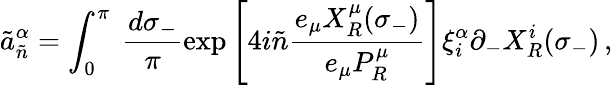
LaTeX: \tilde{a}_{\tilde{n}}^{\alpha}=\int_{0}^{\pi}~\frac{d\sigma_{-}}{\pi}\exp\left[4i\tilde{n}\frac{e_{\mu}X_{R}^{\mu}(\sigma_{-})}{e_{\mu}P_{R}^{\mu}}\right]\xi_{i}^{\alpha}\partial_{-}X_{R}^{i}(\sigma_{-})\, ,